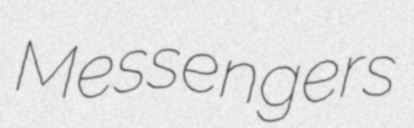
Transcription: Messengers